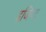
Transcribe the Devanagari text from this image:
इजिप्‍ट